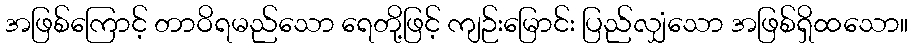
အဖြစ်ကြောင့် တာဝိရမည်သော ရေတို့ဖြင့် ကျဉ်းမြောင်း ပြည်လျှံသော အဖြစ်ရှိထသော။